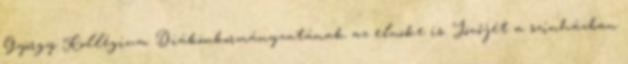
György Kollégium Diákönkormányzatának az elnöke is. Jövőjét a színházban